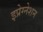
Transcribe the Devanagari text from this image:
इप्रेग्नेशन